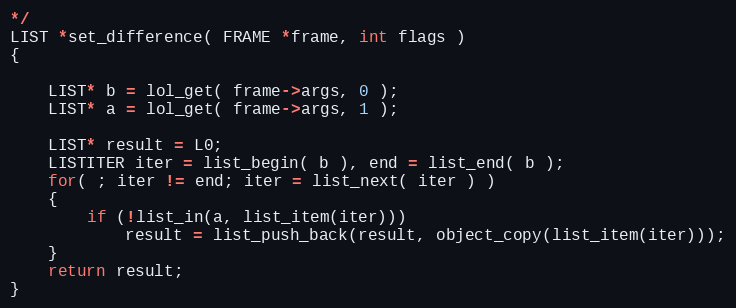
Language: C
*/
LIST *set_difference( FRAME *frame, int flags )
{

    LIST* b = lol_get( frame->args, 0 );
    LIST* a = lol_get( frame->args, 1 );

    LIST* result = L0;
    LISTITER iter = list_begin( b ), end = list_end( b );
    for( ; iter != end; iter = list_next( iter ) )
    {
        if (!list_in(a, list_item(iter)))
            result = list_push_back(result, object_copy(list_item(iter)));
    }
    return result;
}